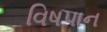
વિષપાન